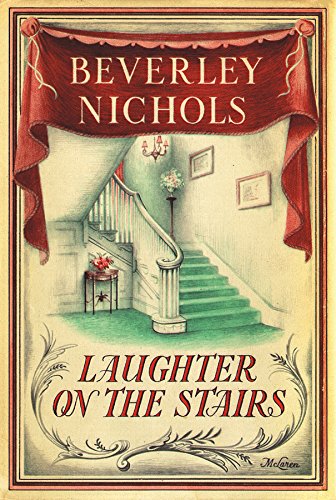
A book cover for Laughter On The Stairs (Beverley Nichols Trilogy Book 2); Beverley Nichols; Crafts, Hobbies & Home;